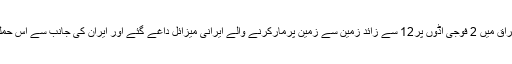
واضح رہے کہ گزشتہ روز ایران کی جانب سے عراق میں 2 فوجی اڈوں پر12 سے زائد زمین سے زمین پرمارکرنے والے ایرانی میزائل داغے گئے اور ایران کی جانب سے اس حملے میں 80 افراد کے ہلاک ہونے کا دعوی کیا گیا۔